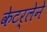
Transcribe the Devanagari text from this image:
केटर्लेने